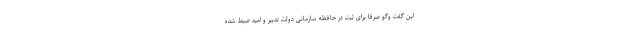
این گفت وگو صرفا برای ثبت در حافظه سازمانی دولت تدبیر و امید ضبط شده